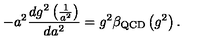
- a ^ { 2 } \frac { d g ^ { 2 } \left( \frac { 1 } { a ^ { 2 } } \right) } { d a ^ { 2 } } = g ^ { 2 } \beta _ { \mathrm { Q C D } } \left( g ^ { 2 } \right) .